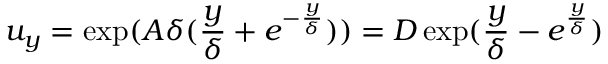
u _ { y } = \exp ( A \delta ( \frac { y } { \delta } + e ^ { - \frac { y } { \delta } } ) ) = D \exp ( \frac { y } { \delta } - e ^ { \frac { y } { \delta } } )